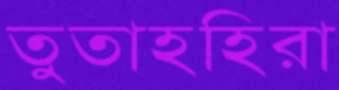
তুতাহহিরা